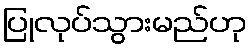
ပြုလုပ်သွားမည်ဟု